Civil Veterinary Department. Central Provinces & Berar 1932-41 - 1932-1941
Year: 1932
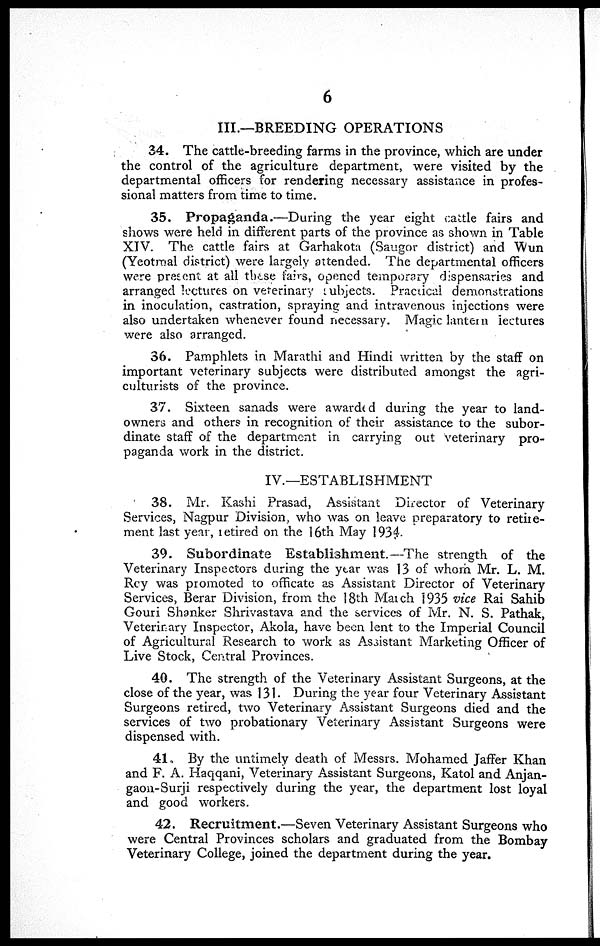
6
III.—BREEDING OPERATIONS
34. The cattle-breeding farms in the province, which are under
the control of the agriculture department, were visited by the
departmental officers for rendering necessary assistance in profes-
sional matters from time to time.
35. Propaganda.—During the year eight cattle fairs and
shows were held in different parts of the province as shown in Table
XIV. The cattle fairs at Garhakota (Saugor district) and "Wun
(Yeotmal district) were largely attended. The departmental officers
were present at all these fairs, opened temporary dispensaries and
arranged lectures on veterinary subjects. Practical demonstrations
in inoculation, castration, spraying and intravenous injections were
also undertaken whenever found necessary. Magic lantern lectures
were also arranged.
36. Pamphlets in Marathi and Hindi written by the staff on
important veterinary subjects were distributed amongst the agri-
culturists of the province.
37. Sixteen sanads were awarded during the year to land-
owners and others in recognition of their assistance to the subor-
dinate staff of the department in carrying out veterinary pro-
paganda work in the district.
IV.—ESTABLISHMENT
38. Mr. Kashi Prasad, Assistant Director of Veterinary
Services, Nagpur Division, who was on leave preparatory to retire-
ment last year, retired on the 16th May 1934.
39. Subordinate Establishment.—The strength of the
Veterinary Inspectors during the year was 13 of whom Mr. L. M.
Roy was promoted to officate as Assistant Director of Veterinary
Services, Berar Division, from the 18th March 1935 vice Rai Sahib
Gouri Shanker Shrivastava and the services of Mr. N. S. Pathak,
Veterinary Inspector, Akola, have been lent to the Imperial Council
of Agricultural Research to work as Assistant Marketing Officer of
Live Stock, Central Provinces.
40. The strength of the Veterinary Assistant Surgeons, at the
close of the year, was 131. During the year four Veterinary Assistant
Surgeons retired, two Veterinary Assistant Surgeons died and the
services of two probationary Veterinary Assistant Surgeons were
dispensed with.
41. By the untimely death of Messrs. Mohamed Jaffer Khan
and F. A. Haqqani, Veterinary Assistant Surgeons, Katol and Anjan-
gaon-Surji respectively during the year, the department lost loyal
and good workers.
42. Recruitment.—Seven Veterinary Assistant Surgeons who
were Central Provinces scholars and graduated from the Bombay
Veterinary College, joined the department during the year.